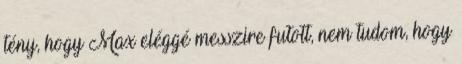
tény, hogy Max eléggé messzire futott, nem tudom, hogy